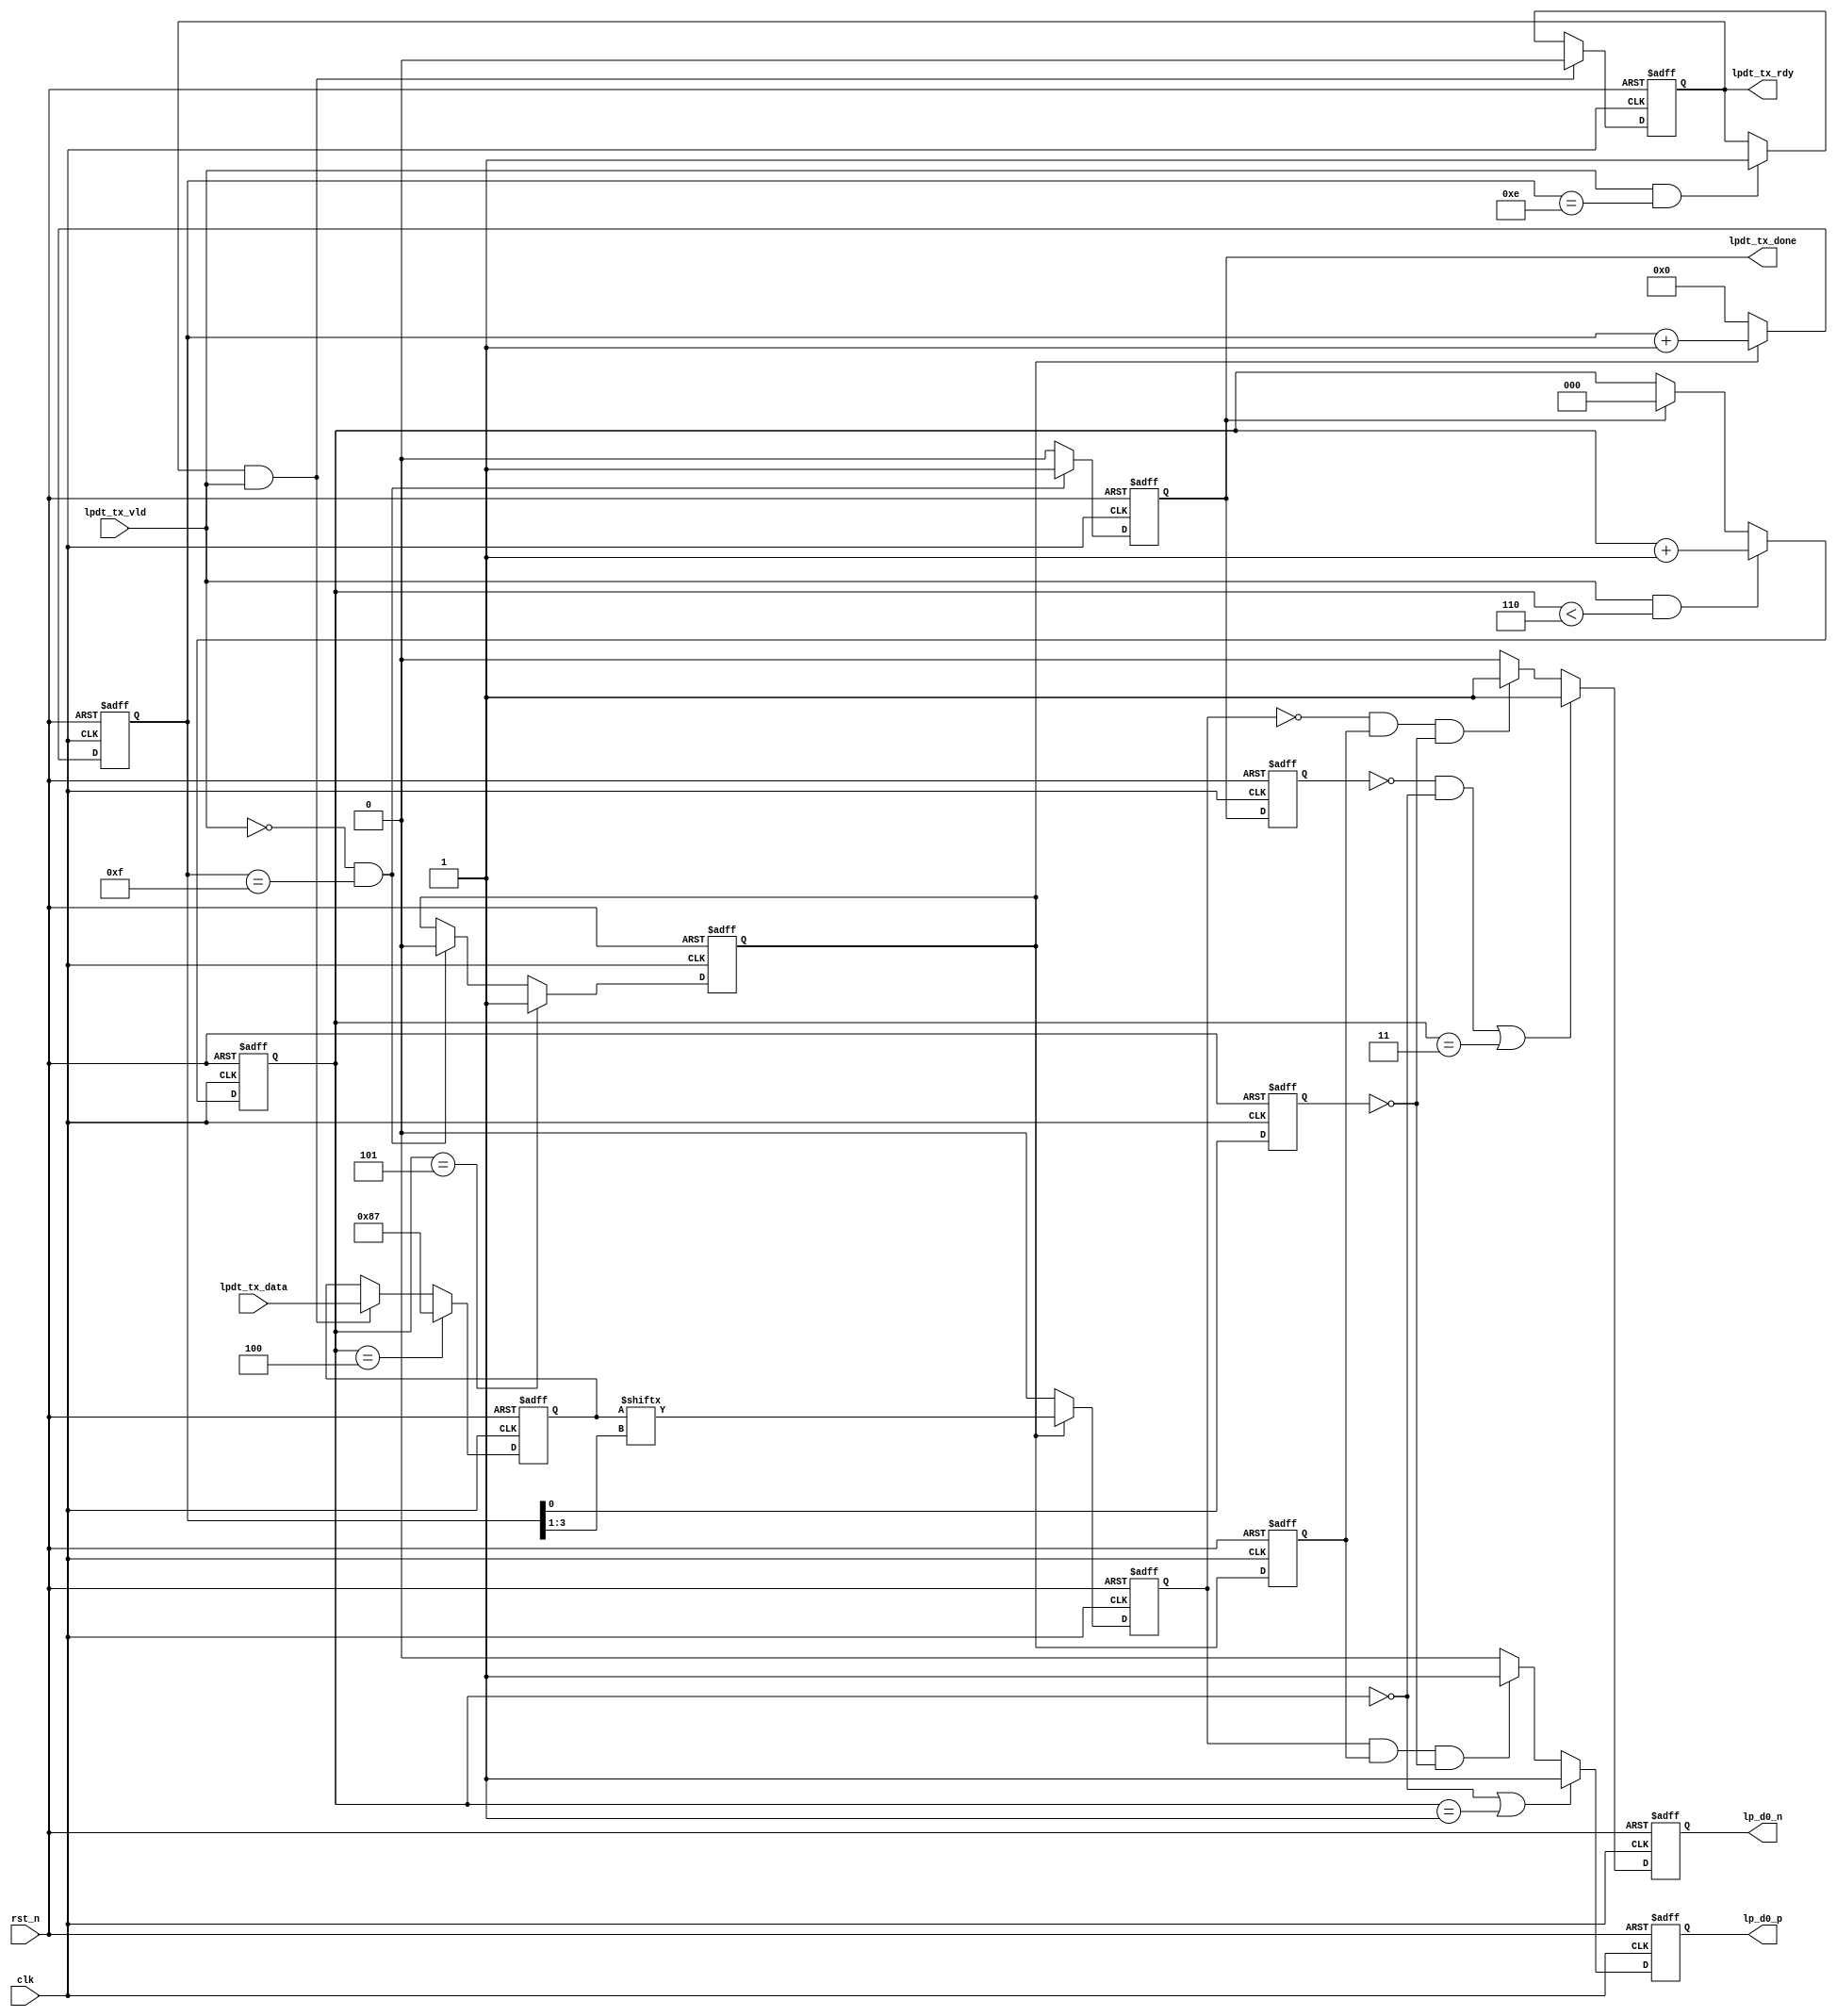
//****************************************Copyright (c)***********************************//
//www.yuanzige.com
//http://www.openedv.com/forum.php
//https://zhengdianyuanzi.tmall.com
//""ZYNQ & FPGA & STM32 & LINUX
//
//Copyright(C)  2022-2032
//All rights reserved                                  
//----------------------------------------------------------------------------------------
// File name:           esc_lpdt_tx
// Created by:          
// Created date:        202392315:38:10
// Version:             V1.0
// Descriptions:        LPDT
//
//----------------------------------------------------------------------------------------
//****************************************************************************************//

module esc_lpdt_tx (
    input                clk,
    input                rst_n,
    
    input                lpdt_tx_vld,    //
    input       [7:0]    lpdt_tx_data,   //8bit    
                         
    output  reg          lpdt_tx_rdy,    //,
    output  reg          lpdt_tx_done,   //
    output  reg          lp_d0_p,        //MIPI_DSI_D0_P LP
    output  reg          lp_d0_n         //MIPI_DSI_D0_N LP
);

//parameter define
localparam  LPDT_PATTERN =   8'h87; //LPDT Command pattern

//reg define
reg  [2:0]   entry_esc_cnt;   //Escape Mode
reg  [3:0]   tx_esc_cnt;      //
reg  [7:0]   tx_esc_data;     //
reg          tx_esc_flag;     //
reg          tx_esc_flag_d0;  //tx_esc_flag
reg          tx_esc_code;     //Spaced-One-Hot
reg          space_code_en;   //Space
reg          exit_esc_flag;   //Escape Mode

//*****************************************************
//**                    main code
//*****************************************************

//,,Escape
always @(posedge clk or negedge rst_n) begin
    if(!rst_n) 
        entry_esc_cnt <= 1'b0;
    else if(lpdt_tx_vld && entry_esc_cnt < 3'd6) 
        entry_esc_cnt <= entry_esc_cnt + 1'b1;
    else if(lpdt_tx_done)
        entry_esc_cnt <= 1'b0;
	else;	
end

//
always @(posedge clk or negedge rst_n) begin
    if(!rst_n) 
        tx_esc_flag <= 1'b0;
    else if(entry_esc_cnt == 3'd5)
        tx_esc_flag <= 1'b1;
    else if(~lpdt_tx_vld && tx_esc_cnt == 4'd15)    
        tx_esc_flag <= 1'b0;
	else;	
end

//tx_esc_flag
always @(posedge clk or negedge rst_n) begin
    if(!rst_n) 
        tx_esc_flag_d0 <= 1'b0;
    else
        tx_esc_flag_d0 <= tx_esc_flag;
end

//Escape,
always @(posedge clk or negedge rst_n) begin
    if(!rst_n) 
        tx_esc_cnt <= 1'b0;
    else if(tx_esc_flag)
        tx_esc_cnt <= tx_esc_cnt + 1'b1;
    else
        tx_esc_cnt <= 1'b0;
end

//        
always @(posedge clk or negedge rst_n) begin
    if(!rst_n) 
        tx_esc_data <= 1'b0;
    else if(entry_esc_cnt == 3'd4)    
        tx_esc_data <= LPDT_PATTERN;
    else if(lpdt_tx_rdy && lpdt_tx_vld)
        tx_esc_data <= lpdt_tx_data;
	else;
end

//
always @(posedge clk or negedge rst_n) begin
    if(!rst_n) 
        lpdt_tx_rdy <= 1'b0;
    else if(lpdt_tx_rdy && lpdt_tx_vld)    
        lpdt_tx_rdy <= 1'b0;
    else if(lpdt_tx_vld && tx_esc_cnt == 4'd14)
        lpdt_tx_rdy <= 1'b1;
	else;	
end

//
always @(posedge clk or negedge rst_n) begin
    if(!rst_n) 
        lpdt_tx_done <= 1'b0;
    else if(~lpdt_tx_vld && tx_esc_cnt == 4'd15)
        lpdt_tx_done <= 1'b1;
    else 
        lpdt_tx_done <= 1'b0;
end

//Escape
always @(posedge clk or negedge rst_n) begin
    if(!rst_n) 
        exit_esc_flag <= 1'b0;
    else 
        exit_esc_flag <= lpdt_tx_done;
end

//Spaced-One-Hot
always @(posedge clk or negedge rst_n) begin
    if(!rst_n) 
        tx_esc_code <= 1'b0;
    else if(tx_esc_flag)    
        tx_esc_code <= tx_esc_data[tx_esc_cnt[3:1]];
    else
        tx_esc_code <= 1'b0;
end

//Space
always @(posedge clk or negedge rst_n) begin
    if(!rst_n) 
        space_code_en <= 1'b0;
    else 
        space_code_en <= tx_esc_cnt[0];
end

//Escape:
//LP11LP10LP00LP01LP00[Entry Command][lpdt_tx_data......]LP10LP11
//MIPI_DSI_D0_P LP
always @(posedge clk or negedge rst_n) begin
    if(!rst_n) 
        lp_d0_p <= 1'b1;
    else if(entry_esc_cnt == 3'd0 || entry_esc_cnt == 3'd1)    
        lp_d0_p <= 1'b1;
    else if(tx_esc_code & tx_esc_flag_d0 & (~space_code_en)) 
        lp_d0_p <= 1'b1;
    else
        lp_d0_p <= 1'b0;
end

//MIPI_DSI_D0_N LP
always @(posedge clk or negedge rst_n) begin
    if(!rst_n) 
        lp_d0_n <= 1'b1;
    else if((~exit_esc_flag && entry_esc_cnt == 3'd0) || entry_esc_cnt == 3'd3)    
        lp_d0_n <= 1'b1;
    else if(~tx_esc_code & tx_esc_flag_d0 & (~space_code_en)) 
        lp_d0_n <= 1'b1;
    else
        lp_d0_n <= 1'b0;
end

endmodule